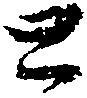
と